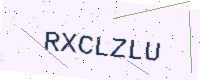
Text: RXCLZLU